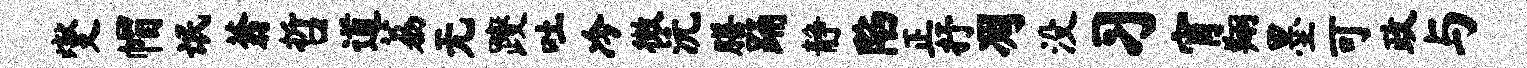
燮帽氓蓊哲道荔无躞吐冷微沅膳踊静陷正抒凋没习宵翔墨可政与